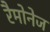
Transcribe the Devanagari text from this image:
रैमोनेज